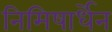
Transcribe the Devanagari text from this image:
निमिषार्धेन